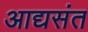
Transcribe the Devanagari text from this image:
आद्यसंत